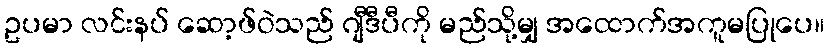
ဥပမာ လင်းနပ် ဆော့ဖ်ဝဲသည် ဂျီဒီပီကို မည်သို့မျှ အထောက်အကူမပြုပေ။